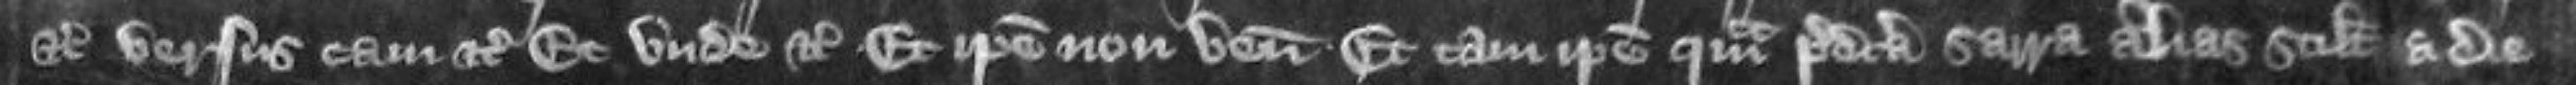
etc versus eam etc Et unde etc Et ipse non venit Et tam ipse quam predicta Sarra alias scilicet a die